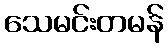
သေမင်းတမန်